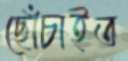
ছোঁচাইত